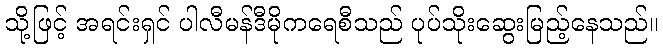
သို့ဖြင့် အရင်းရှင် ပါလီမန်ဒီမိုကရေစီသည် ပုပ်သိုးဆွေးမြည့်နေသည်။